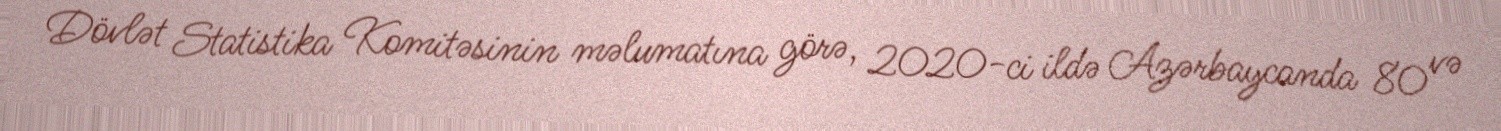
Dövlət Statistika Komitəsinin məlumatına görə, 2020-ci ildə Azərbaycanda 80 və